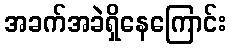
အခက်အခဲရှိနေကြောင်း